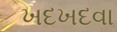
ખદખદવા